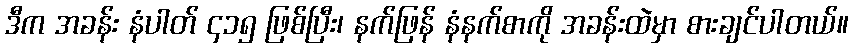
ဒီက အခန်း နံပါတ် ၄၁၅ ဖြစ်ပြီး၊ နက်ဖြန် နံနက်စာကို အခန်းထဲမှာ စားချင်ပါတယ်။